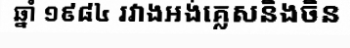
ឆ្នាំ ១៩៨៤ រវាងអង់គ្លេសនិងចិន